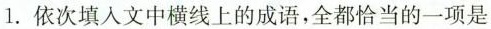
1.依次填入文中横线上的成语，全都恰当的一项是